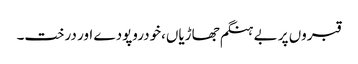
قبروں پر بے ہنگم جھاڑیاں،خودروپودے اور درخت۔